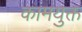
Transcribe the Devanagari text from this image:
कामयुक्त